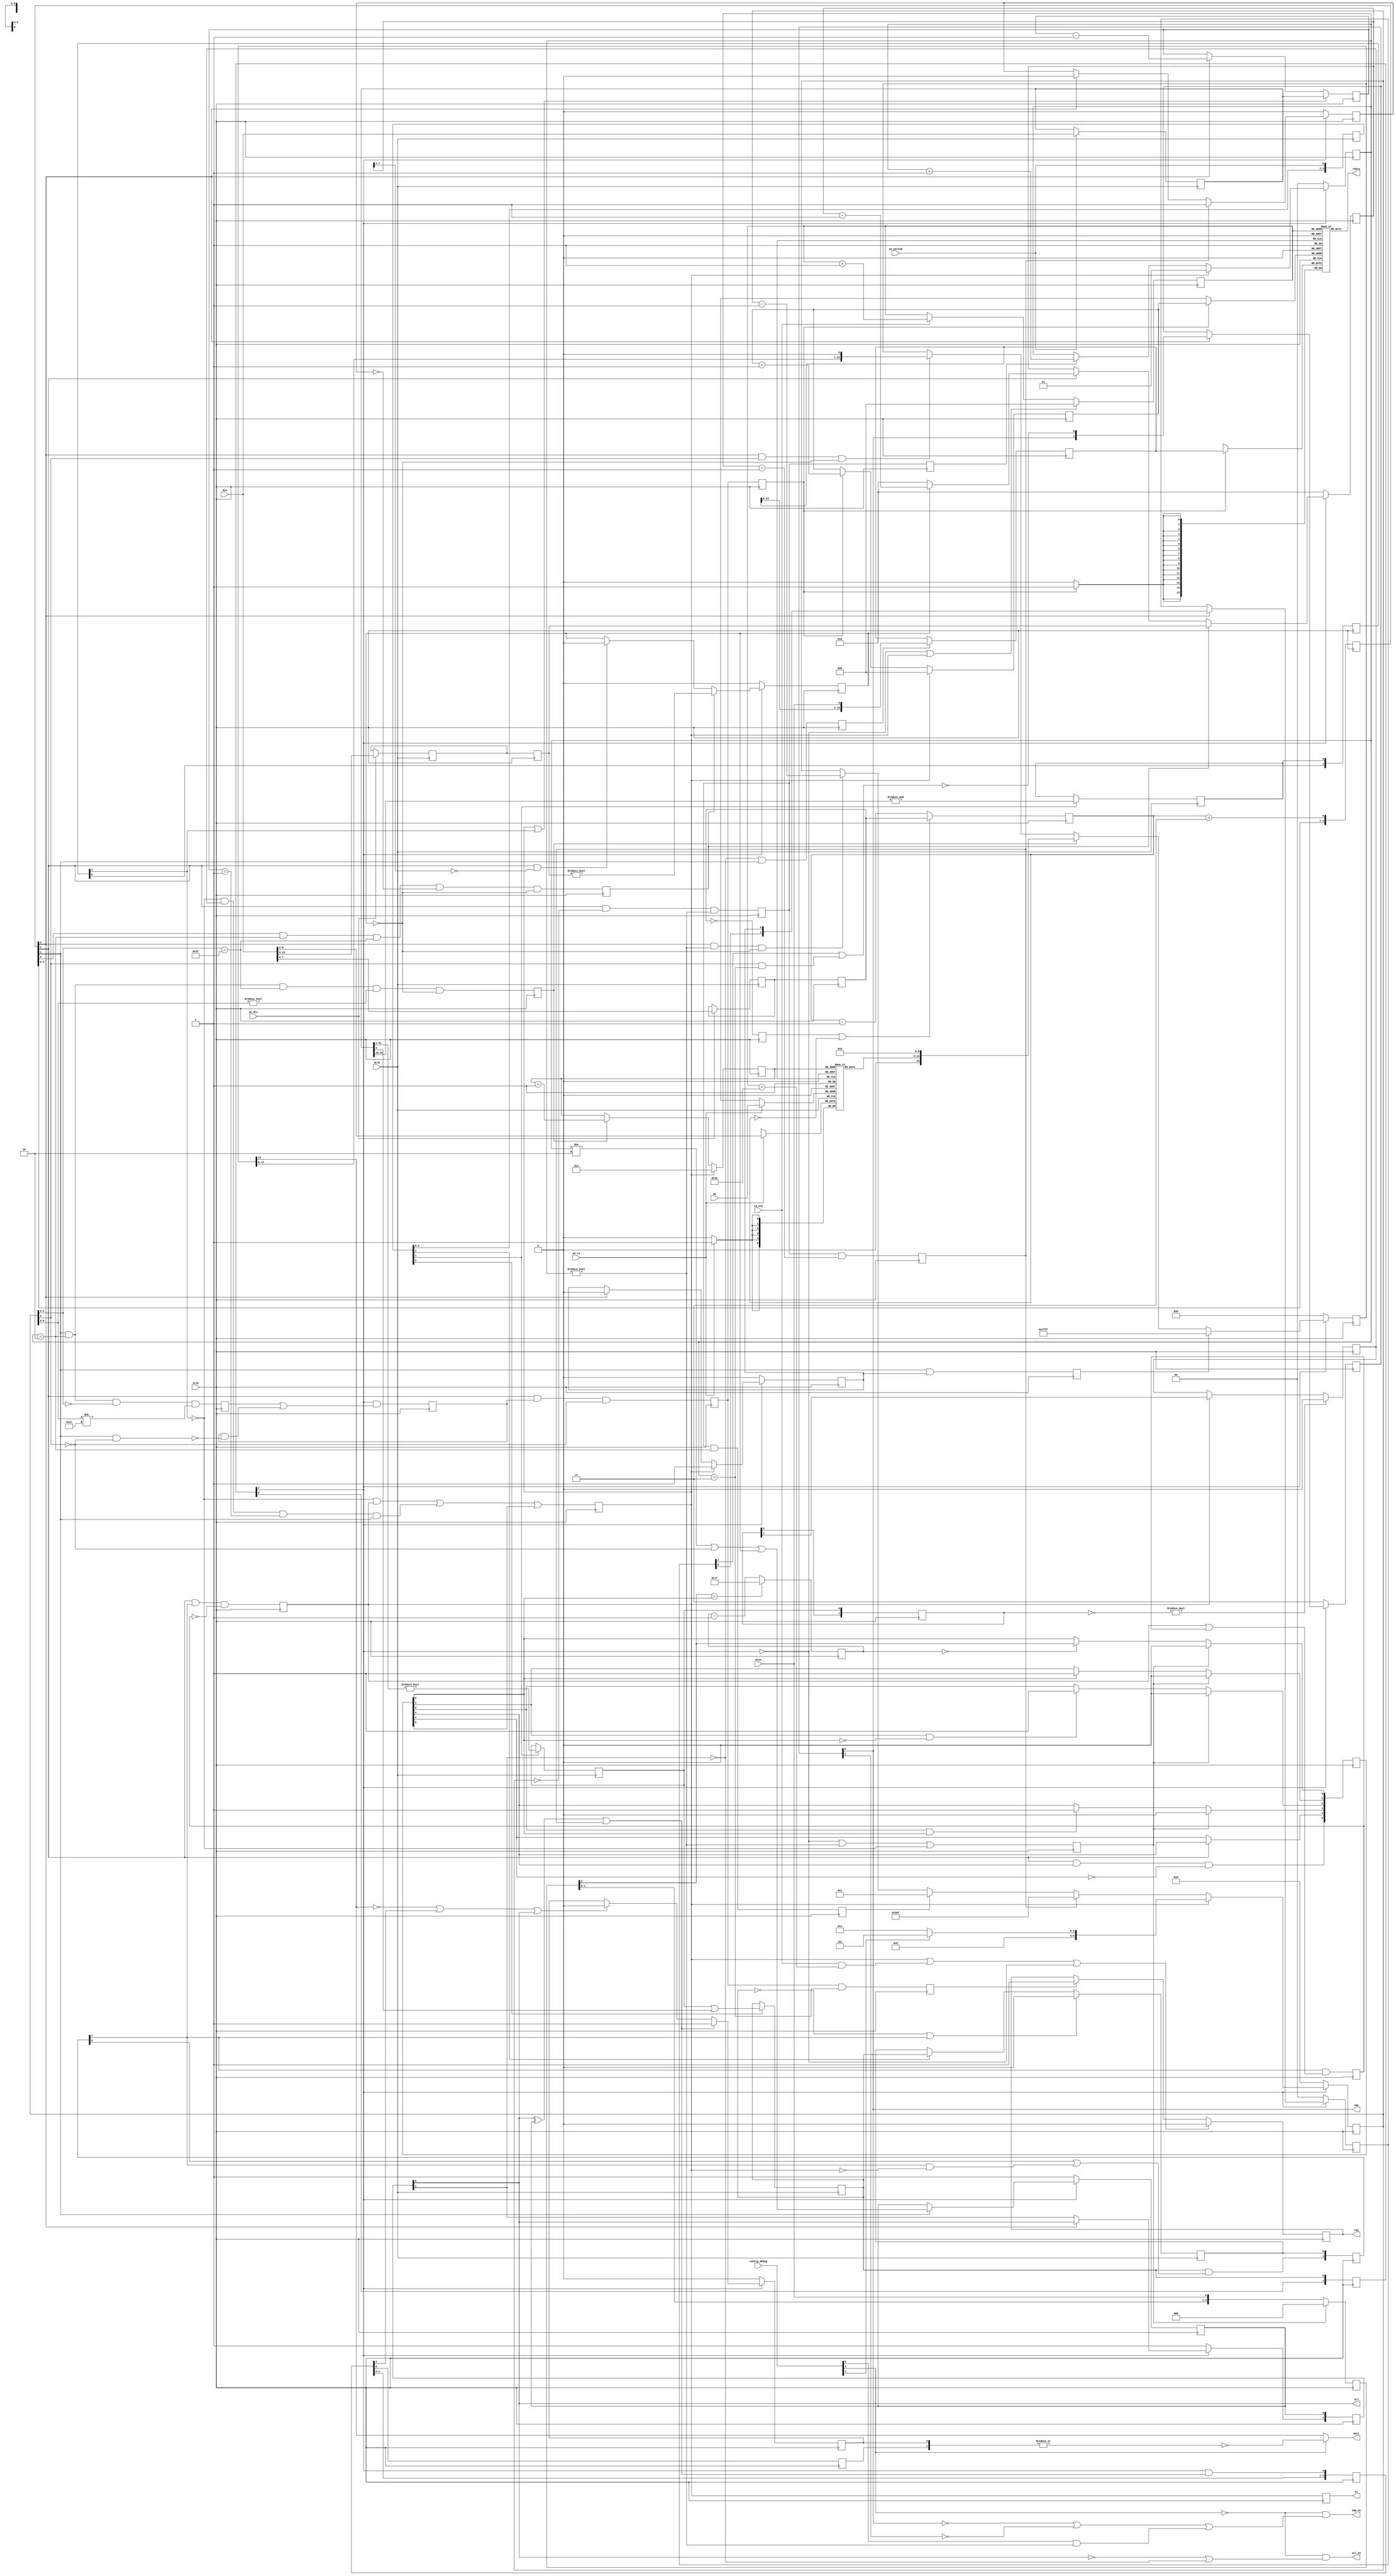
// This program was cloned from: https://github.com/Elphel/x393
// License: GNU General Public License v3.0

/*!
 * <b>Module:</b>imu_spi393
 * @file imu_spi393.v
 * @date 2015-07-06  
 * @author Andrey Filippov     
 *
 * @brief SPI interface for the IMU
 *
 * @copyright Copyright (c) 2015 Elphel, Inc.
 *
 * <b>License:</b>
 *
 * imu_spi393.v is free software; you can redistribute it and/or modify
 * it under the terms of the GNU General Public License as published by
 * the Free Software Foundation, either version 3 of the License, or
 * (at your option) any later version.
 *
 *  imu_spi393.v is distributed in the hope that it will be useful,
 * but WITHOUT ANY WARRANTY; without even the implied warranty of
 * MERCHANTABILITY or FITNESS FOR A PARTICULAR PURPOSE.  See the
 * GNU General Public License for more details.
 *
 * You should have received a copy of the GNU General Public License
 * along with this program.  If not, see <http://www.gnu.org/licenses/> .
 *
 * Additional permission under GNU GPL version 3 section 7:
 * If you modify this Program, or any covered work, by linking or combining it
 * with independent modules provided by the FPGA vendor only (this permission
 * does not extend to any 3-rd party modules, "soft cores" or macros) under
 * different license terms solely for the purpose of generating binary "bitstream"
 * files and/or simulating the code, the copyright holders of this Program give
 * you the right to distribute the covered work without those independent modules
 * as long as the source code for them is available from the FPGA vendor free of
 * charge, and there is no dependence on any encrypted modules for simulating of
 * the combined code. This permission applies to you if the distributed code
 * contains all the components and scripts required to completely simulate it
 * with at least one of the Free Software programs.
 */
`timescale 1ns/1ps

module  imu_spi393(
//    input                         rst,
    input                         mclk,         // system clock, negedge TODO:COnvert to posedge!
    input                         xclk,         // half frequency (80 MHz nominal)
    input                         we_ra,        // write enable for registers to log (@negedge clk)
    input                         we_div,       // write enable for clock dividing(@negedge clk)
    input                         we_period,    // write enable for IMU cycle period(@negedge clk) 0 - disable, 1 - single, >1 - half bit periods
    input                  [ 4:0] wa,           // write address for register (5 bits, @negedge clk)
    input                  [31:0] din,          //
    output                        mosi,         // to IMU, bit 2 in J9
    input                         miso,         // from IMU, bit 3 on J9
    input                  [ 3:0] config_debug, // bit 0 - long sda_en
    output                        sda,          // sda, shared with i2c, bit 1
    output                        sda_en,       // enable sda output (when sda==0 and 1 cycle after sda 0->1)
    output                        scl,          // scl, shared with i2c, bit 0
    output                        scl_en,       // enable scl output (when scl==0 and 1 cycle after sda 0->1)
    output                        ts,           // timestamp request
    output                        rdy,          // data ready
    input                         rd_stb,       // data read strobe (increment address)
    output                 [15:0] rdata);       // data out (16 bits)
 /*
  input         mclk;   // system clock, negedge
  input         xclk;  // half frequency (80 MHz nominal)
  input         we_ra; // write enable for registers to log (@negedge mclk)
  input         we_div;// write enable for clock dividing(@negedge mclk)
  input         we_period;// write enable for IMU cycle period(@negedge clk)
  input  [4:0]  wa;    // write address for register (5 bits, @negedge mclk)
  input  [15:0] di;    // 16-bit data in
  output        mosi;  // to IMU, bit 2 in J9
  input         miso;  // from IMU, bit 3 on J9 
  input [3:0]   config_debug;
  output        sda;   // sda, shared with i2c, bit 1
  output        sda_en; // enable sda output (when sda==0 and 1 cycle after sda 0->1)
  output        scl;   // scl, shared with i2c, bit 0
  output        scl_en; // enable scl output (when scl==0 and 1 cycle after sda 0->1)
  output        ts;    // timestamp request

  output        rdy;    // encoded nmea data ready
  input         rd_stb; // encoded nmea data read strobe (increment address)
  output [15:0] rdata;  // encoded data (16 bits)
//  output        sngl_wire; // combined clock/data
 */ 
    reg    [ 7:0] bit_duration_mclk=8'h0; 
    reg    [ 7:0] bit_duration; 
    reg    [ 7:0] bit_duration_cntr=8'h0; 
    reg           bit_duration_zero; // just for simulation

    reg    [ 3:0] clk_en=4'h0;
    reg    [ 1:0] clk_div;
    reg    [ 4:0] imu_in_word=   5'b0; // number of IMU output word in a sample (0..31), 0..3 - timestamp
    reg           pre_imu_wr_buf,imu_wr_buf;
    wire   [15:0] imu_in_buf;

    reg     [4:0] reg_seq_number; // number of register in a sequence
    wire    [6:1] imu_reg_number; // register numer to read 
  
    reg     [1:0] seq_state; // 0 - idle, 1 - prepare spi(4?), 2 - spi-comm(32*29), 3 - finish (2)
    reg     [9:0] seq_counter;
    reg           end_spi, end_prepare;
    reg           set_mosi_prepare, set_mosi_spi;
    reg           seq_counter_zero, pre_seq_counter_zero;
    reg    [15:0] mosi_reg;
//    wire          mosi;
    reg     [1:0] sda_r;
    reg     [1:0] scl_r;
//    wire          scl_en;
    reg           shift_miso;
    reg    [15:0] miso_reg;
    reg           last_bit; // last clk _/~ in spi word (but first one)
    reg           last_bit_ext=1'b0; // from last bit till buffer write
    reg           last_buf_wr;
    reg    [ 4:0] raddr;
    reg           rdy_r=1'b0;
    reg           imu_start;
    reg           ts_r; // delay imu_start by one cycle, so it will be after rdy is reset

    reg    [31:0] period=0; // 0 - disable, 1 - single, >1 - period in 50 ns steps
//  reg    [15:0] di_d;

    reg           imu_enabled_mclk = 0;
    reg     [1:0] imu_enabled=2'h0;
    reg           imu_run_mclk = 0;
    reg     [1:0] imu_run;
    reg           imu_when_ready_mclk = 0;
    reg     [1:0] imu_when_ready;
  
    reg           imu_run_confirmed;
    reg           imu_start_mclk;
    reg     [1:0] imu_start_grant;
    reg           imu_start_first;
    reg           imu_start_first_was;
    reg    [31:0] period_counter;
    wire          en;
    reg    [4:01] we_timer;
    reg           first_prepare;
    reg     [1:0] first_prepare_d;
    wire          config_long_sda_en;
    wire          config_late_clk;
    reg     [7:0] stall_dur_mclk;  
    reg     [7:0] stall_dur;
    reg           stall;       // stall between words to satisfy SPI stall time
    reg     [7:0] stall_cntr;  // stall counter (in half mclk periods)
    reg           set_stall;
    reg           skip_stall; // first word after CS -\_
    wire          shift_mosi;
  
    reg           imu_ready_reset; 
    reg     [6:0] imu_ready_denoise_count;
    reg     [2:0] imu_data_ready_d; 
    reg     [5:0] imu_data_ready;
    reg     [1:0] seq_state_zero;  

    reg           pre_scl;
    reg     [2:0] sngl_wire_stb;
    reg     [1:0] sngl_wire_r;
    wire          sngl_wire;
    wire          config_single_wire; // used in 103695 rev A
  
    assign sngl_wire =          ~|sngl_wire_r[1:0];
  
    assign shift_mosi =         (clk_en[3] && seq_counter[0] && !stall);
    assign mosi =               config_single_wire?sngl_wire: mosi_reg[15];
  
    assign config_long_sda_en = config_debug[0];
    assign config_late_clk =    config_debug[1];
    assign config_single_wire = config_debug[2];
  
    assign en=                  imu_enabled[1];
    assign sda_en=              !config_single_wire && (!sda_r[0] || !sda_r[1] || (config_long_sda_en && (seq_state[1:0]!=2'b0)));
    assign scl_en=              !config_single_wire && (!scl_r[0] || !scl_r[1]);
  
    assign sda =                sda_r[0];
    assign scl =                scl_r[0];
    assign rdy =                rdy_r;
    assign ts =                 ts_r;
  
  
    always @ (posedge mclk) begin
    //    di_d[15:0] <= di[15:0];
        if (we_div) bit_duration_mclk[7:0] <=    din[7:0];
        if (we_div) stall_dur_mclk[7:0] <=       din[15:8];
        we_timer[4:1] <= {we_timer[3:1], we_period};
    
        if (we_period)   period[31:0] <=        din[31:0];
        if (we_timer[2]) imu_run_mclk <=        (period[31:1]!=31'b0); // double-cycle
        if (we_timer[3]) imu_enabled_mclk <=    imu_run_mclk | period[0]; // NC393: Why period[0]?
        
        if (we_timer[2]) imu_when_ready_mclk <= &period[31:16]; // double-cycle
        
        if (!imu_enabled_mclk || imu_start_grant[1]) imu_start_mclk <= 1'b0;
        else if (we_timer[4])imu_start_mclk <= imu_enabled_mclk;
    end

// debounce imu_data_ready
    always @ (posedge xclk) begin
        seq_state_zero[1:0] <= {seq_state_zero[0], ~|seq_state[1:0]};
        imu_ready_reset <= !imu_enabled[1] || (seq_state[1:0]!=2'b0) || !imu_when_ready[1];
        if (imu_ready_reset) imu_data_ready_d[2:0] <=3'b0;
        else                 imu_data_ready_d[2:0] <= {imu_data_ready_d[1:0], miso};
        
        if (imu_ready_reset)                         imu_data_ready[0] <= 1'b0;
        else if (imu_ready_denoise_count[6:0]==7'h0) imu_data_ready[0] <= imu_data_ready_d[2];
        
        if (imu_data_ready_d[2]==imu_data_ready[0]) imu_ready_denoise_count[6:0] <= 7'h7f; // use period LSBs?
        else                                        imu_ready_denoise_count[6:0] <= imu_ready_denoise_count[6:0] - 1;
        
        if (imu_ready_reset)                              imu_data_ready[1] <= 1'b0;
        else if (imu_data_ready[0])                       imu_data_ready[1] <= 1'b1;
        
        if (imu_ready_reset)                              imu_data_ready[2] <= 1'b0;
        else if (imu_data_ready[1] && !imu_data_ready[0]) imu_data_ready[2] <= 1'b1;
        
        if (imu_ready_reset)                              imu_data_ready[3] <= 1'b0;
        else if (imu_data_ready[2] &&  imu_data_ready[0]) imu_data_ready[3] <= 1'b1;
        
        if (clk_en[1]) imu_data_ready[4] <= imu_data_ready[3] ;
        
        imu_data_ready[5] <=clk_en[1] && imu_data_ready[3] && !imu_data_ready[4]; // single pulse @clk_en[2]
    end

    always @ (posedge xclk) begin
        imu_enabled[1:0]     <= {imu_enabled[0],imu_enabled_mclk}; 
        imu_run[1:0]         <= {imu_run[0],imu_run_mclk};
    
        imu_when_ready[1:0]         <= {imu_when_ready[0],imu_when_ready_mclk};
    
        if        (~imu_run[1:0]) imu_run_confirmed <= 1'b0;
        else if (imu_start_first) imu_run_confirmed <= imu_run[1];
        imu_start_grant[1:0] <= {imu_enabled_mclk && (imu_start_grant[0] || (imu_start_grant[1] && !imu_start)),imu_start_mclk};
        imu_start_first_was <= imu_start_grant[1] && (imu_start_first || imu_start_first_was);
        
        imu_start_first<=clk_en[1] && imu_start_grant[1] && !imu_start_first_was; // single xclk at clk_en[2] time slot
        imu_start            <=(!imu_when_ready[1] && imu_start_first)||
                               (!imu_when_ready[1] && imu_run_confirmed && (period_counter[31:0]==32'h1) && clk_en[2]) ||
                               imu_data_ready[5]; // single pulses at clk_en[3]
    
        if (imu_start || imu_when_ready[1]) period_counter[31:0] <= period[31:0];
        else if (clk_en[3]) period_counter[31:0] <= period_counter[31:0] - 1;
    end


    always @ (posedge xclk) begin
        bit_duration[7:0] <= bit_duration_mclk[7:0];
        stall_dur[7:0]       <= stall_dur_mclk[7:0];
    
        bit_duration_zero <= (bit_duration[7:0] == 8'h0);
        clk_div[1:0] <=      en ? (clk_div[1:0] + 1) : 2'b0;
        clk_en[3:0] <=       {clk_en[2:0], clk_div[1:0] == 2'h3};
        if (bit_duration_zero || (bit_duration_cntr[7:0]==8'h0)) bit_duration_cntr[7:0]<=bit_duration[7:0];
        else bit_duration_cntr[7:0] <= bit_duration_cntr[7:0]-1;
        clk_en[3:0]  <=      {clk_en[2:0], bit_duration_cntr[7:0] == 8'h3 };  // change 9'h3 to enforce frequency limit
    end  
  
    always @ (posedge xclk) begin
        pre_seq_counter_zero  <= clk_en[1] && (seq_counter[9:0]==10'h0) && (seq_state[1:0]!=2'h0); // active at clk_en[2]
        seq_counter_zero      <= pre_seq_counter_zero; // active at clk_en[3]
        if (!en)       seq_state[1:0] <= 2'h0;
        else if (imu_start)                                  seq_state[1:0] <= 2'h1;
        else if (seq_counter_zero ) seq_state[1:0] <= seq_state[1:0] + 1; // will not count from 0 as seq_counter_zero will be disabled
        
        if            (!en) first_prepare <=1'b0;
        else if (imu_start) first_prepare <=1'b1;
        else if (clk_en[3]) first_prepare <=1'b0;
        
        if            (!en) first_prepare_d[1:0] <= 2'b0;
        else if (clk_en[3]) first_prepare_d[1:0] <= {first_prepare_d[0],first_prepare};
        
        end_prepare <= pre_seq_counter_zero && (seq_state[1:0]==2'h1);
        end_spi       <= pre_seq_counter_zero && (seq_state[1:0]==2'h2);
        
        if      (!en)                                           seq_counter[9:0] <= 10'h000;
        else if (imu_start)                                     seq_counter[9:0] <= config_late_clk?10'h005:10'h003; // should be odd
        else if (end_prepare)                                   seq_counter[9:0] <= 10'h39f;
        else if (end_spi)                                       seq_counter[9:0] <= 10'h001;
        else if (clk_en[3] && (seq_state[1:0]!=2'h0) && !stall) seq_counter[9:0] <= seq_counter[9:0] - 1;
        set_mosi_prepare <= clk_en[2] && first_prepare;
//        set_mosi_spi       <= clk_en[2] && (seq_state[1:0]==2'h2) && (seq_counter[4:0]==5'h1f) && (seq_counter[9:5]!=6'h0) && !stall; // last word use zero
        set_mosi_spi       <= clk_en[2] && (seq_state[1:0]==2'h2) && (seq_counter[4:0]==5'h1f) && (seq_counter[9:5] != 0) && !stall; // last word use zero
        
    // no stall before the first word
        if      (!en)                          skip_stall <= 1'b0;
        else if (end_prepare)                  skip_stall <= 1'b1;
        else if (clk_en[3])                    skip_stall <= 1'b0;
         
        set_stall          <= clk_en[0] && (seq_state[1:0]==2'h2) && (seq_counter[4:0]==5'h1f) && !skip_stall && !stall; // @ clk_en[1]
    
        if      (!en)               mosi_reg[15:0] <= 16'h0;
        else if (set_mosi_prepare)  mosi_reg[15:0] <= 16'h7fff;
        else if (set_mosi_spi)      mosi_reg[15:0] <= {1'b0,imu_reg_number[6:1],9'b0};
        else if (shift_mosi)        mosi_reg[15:0] <= {mosi_reg[14:0],1'b0};
    
    // stall switches at clk_en[2]
    // stall switches at clk_en[1]
        if      (!en)                         stall_cntr[7:0] <= 8'h0;
        else if (set_stall)                   stall_cntr[7:0] <= stall_dur[7:0];
        else if (clk_en[1])                   stall_cntr[7:0] <= stall?(stall_cntr[7:0]-1):8'h0;
    
    
        if      (!en)                               stall <= 1'b0;
        else if (set_stall)                         stall <= (stall_dur[7:0]!=0);
        else if (clk_en[1] && (stall_cntr[7:1]==0)) stall <= 1'b0;
        
    
    
        if      (!en)        sda_r <=2'b11;
        else if (clk_en[3])  sda_r <= {sda_r[0], !(first_prepare_d[1] || (seq_counter[0] && (seq_state[1:0]==2'h3)))} ;
    
    
        if      (!en) pre_scl <=1'b1;
        else if (clk_en[2])       pre_scl <= (seq_state[1:0]!=2'h2) || !seq_counter[0] || stall;
        
        scl_r[0] <= pre_scl;
        if      (!en) scl_r[1] <=1'b1;
        else if (clk_en[3])       scl_r[1] <= scl_r[0];
    
        
        sngl_wire_stb[2:0] <={sngl_wire_stb[1:0], en & ((scl_r[0] ^ pre_scl) | end_prepare)};
    
        if      (!en)                                           sngl_wire_r[0]<=1'b0;
        else if ((pre_scl ^scl_r[0]) | end_prepare)             sngl_wire_r[0]<=1'b1;
        else if (!mosi_reg[15] || sngl_wire_stb[2] || scl_r[0]) sngl_wire_r[0]<=1'b0;
        
       
        
        if      (imu_start)     reg_seq_number[4:0] <= 5'h04;
        else if (set_mosi_spi)  reg_seq_number[4:0] <= reg_seq_number[4:0] + 1;
    
        shift_miso <= !scl_r[1] && clk_en[2]; // active at clk_en[3]
    
        if (shift_miso)     miso_reg[15:0] <= {miso_reg[14:0], miso};
    
        last_bit <= clk_en[2] && (seq_state[1:0]==2'h2) && (seq_counter[4:0]==5'h0) && (seq_counter[9:5]!=5'h1c);
        last_bit_ext <= en && (last_bit || (last_bit_ext && !(clk_en[2] && !seq_counter[0])));
    
        pre_imu_wr_buf <=clk_en[1] && last_bit_ext && !seq_counter[0]; 
        imu_wr_buf <= pre_imu_wr_buf;
        if    (imu_start) imu_in_word[4:0] <= 5'h0;
        else if (imu_wr_buf) imu_in_word[4:0] <= imu_in_word[4:0] + 1;
    
        last_buf_wr <= (pre_imu_wr_buf && (seq_state[1:0]==2'h3));
    
    end  

    always @ (negedge xclk) begin
        sngl_wire_r[1] <= sngl_wire_stb[0];
    end

    always @ (posedge xclk) begin

        if (!en || imu_start) raddr[4:0] <= 5'h0;
        else if (rd_stb)      raddr[4:0] <= raddr[4:0] + 1;

        if      (imu_start || (rd_stb && (raddr[4:0]==5'h1b)) || !en) rdy_r <= 1'b0; // only 28 words, not 32
        else if (last_buf_wr)                                         rdy_r <= 1'b1;

        ts_r <=imu_start;

    end  
  
    assign imu_in_buf[15:0]= miso_reg[15:0];
   
/*   
  myRAM_WxD_D #( .DATA_WIDTH(6),.DATA_DEPTH(5))
            i_registers2log   (.D(di_d[6:1]),
                             .WE(we_ra),
                             .clk(!mclk),
                             .AW(wa[4:0]),
                             .AR(reg_seq_number[4:0]),
                             .QW(),
                             .QR(imu_reg_number[6:1]));
*/
    reg     [5:0] registers2log_ram[0:31];
    always @ (posedge mclk) if (we_ra) begin
        registers2log_ram[wa[4:0]] <= din[6:1];
    end
    assign imu_reg_number[6:1] = registers2log_ram[reg_seq_number[4:0]];
/*
  myRAM_WxD_D #( .DATA_WIDTH(16),.DATA_DEPTH(5))
            i_odbuf0    (.D(imu_in_buf[15:0]),
                        .WE(imu_wr_buf),
                        .clk(xclk),
                        .AW(imu_in_word[4:0]),
                        .AR(raddr[4:0]),
                        .QW(),
                        .QR(rdata[15:0]));
*/
    reg     [15:0] odbuf0_ram[0:31];
    always @ (posedge xclk) if (imu_wr_buf) begin
        odbuf0_ram[imu_in_word[4:0]] <= imu_in_buf[15:0];
    end
    assign rdata[15:0] = odbuf0_ram[raddr[4:0]];


endmodule